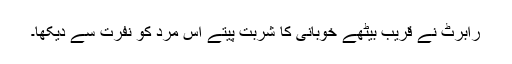
رابرٹ نے قریب بیٹھے خوبانی کا شربت پیتے اس مرد کو نفرت سے دیکھا۔